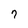
Character: 7